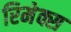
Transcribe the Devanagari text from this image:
रिमेक्स